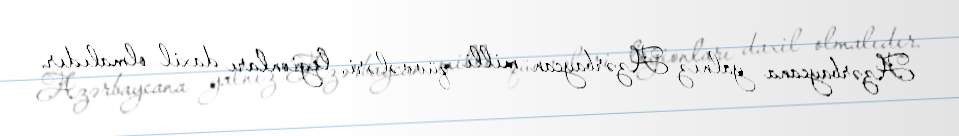
Azərbaycana yalnız Azərbaycan milli qüvvələri, legionları daxil olmalıdır.